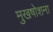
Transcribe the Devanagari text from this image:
मुखषोशना